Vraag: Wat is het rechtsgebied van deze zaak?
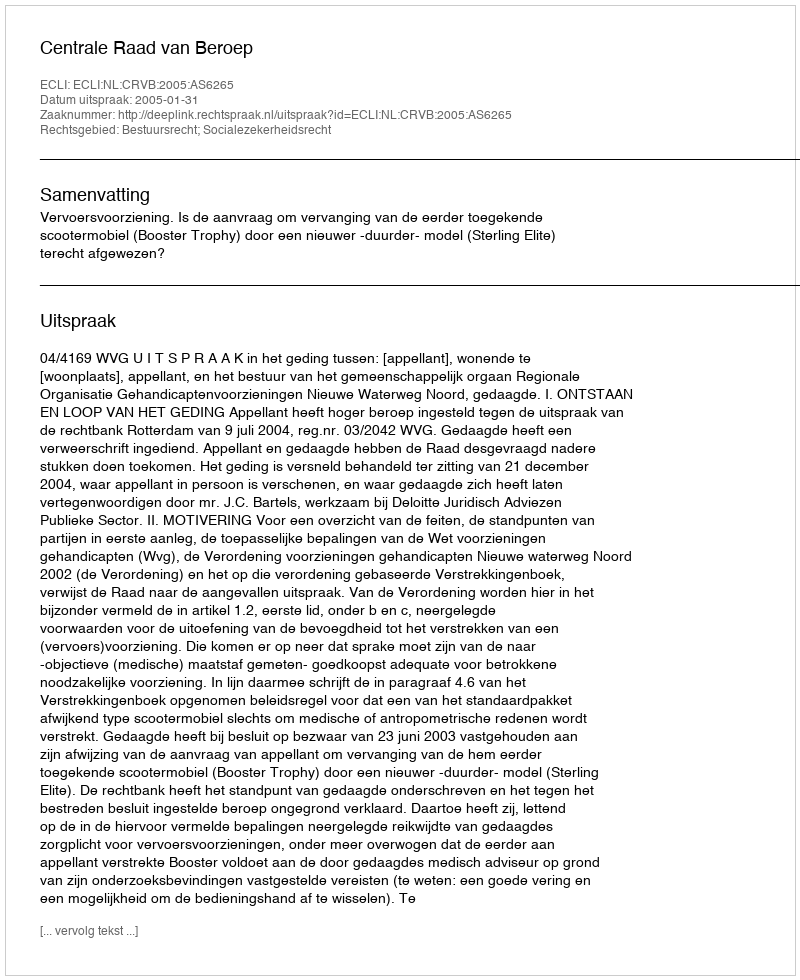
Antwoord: Bestuursrecht; Socialezekerheidsrecht